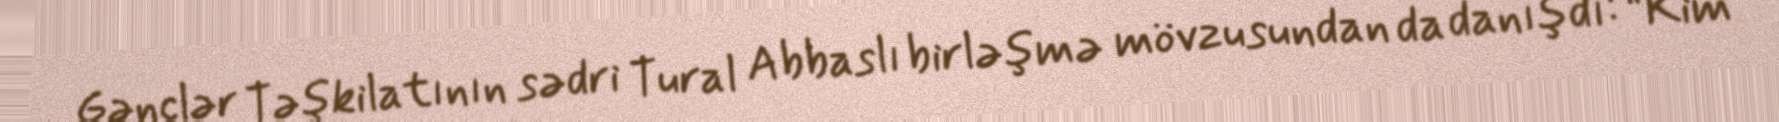
Gənclər Təşkilatının sədri Tural Abbaslı birləşmə mövzusundan da danışdı: “Kim